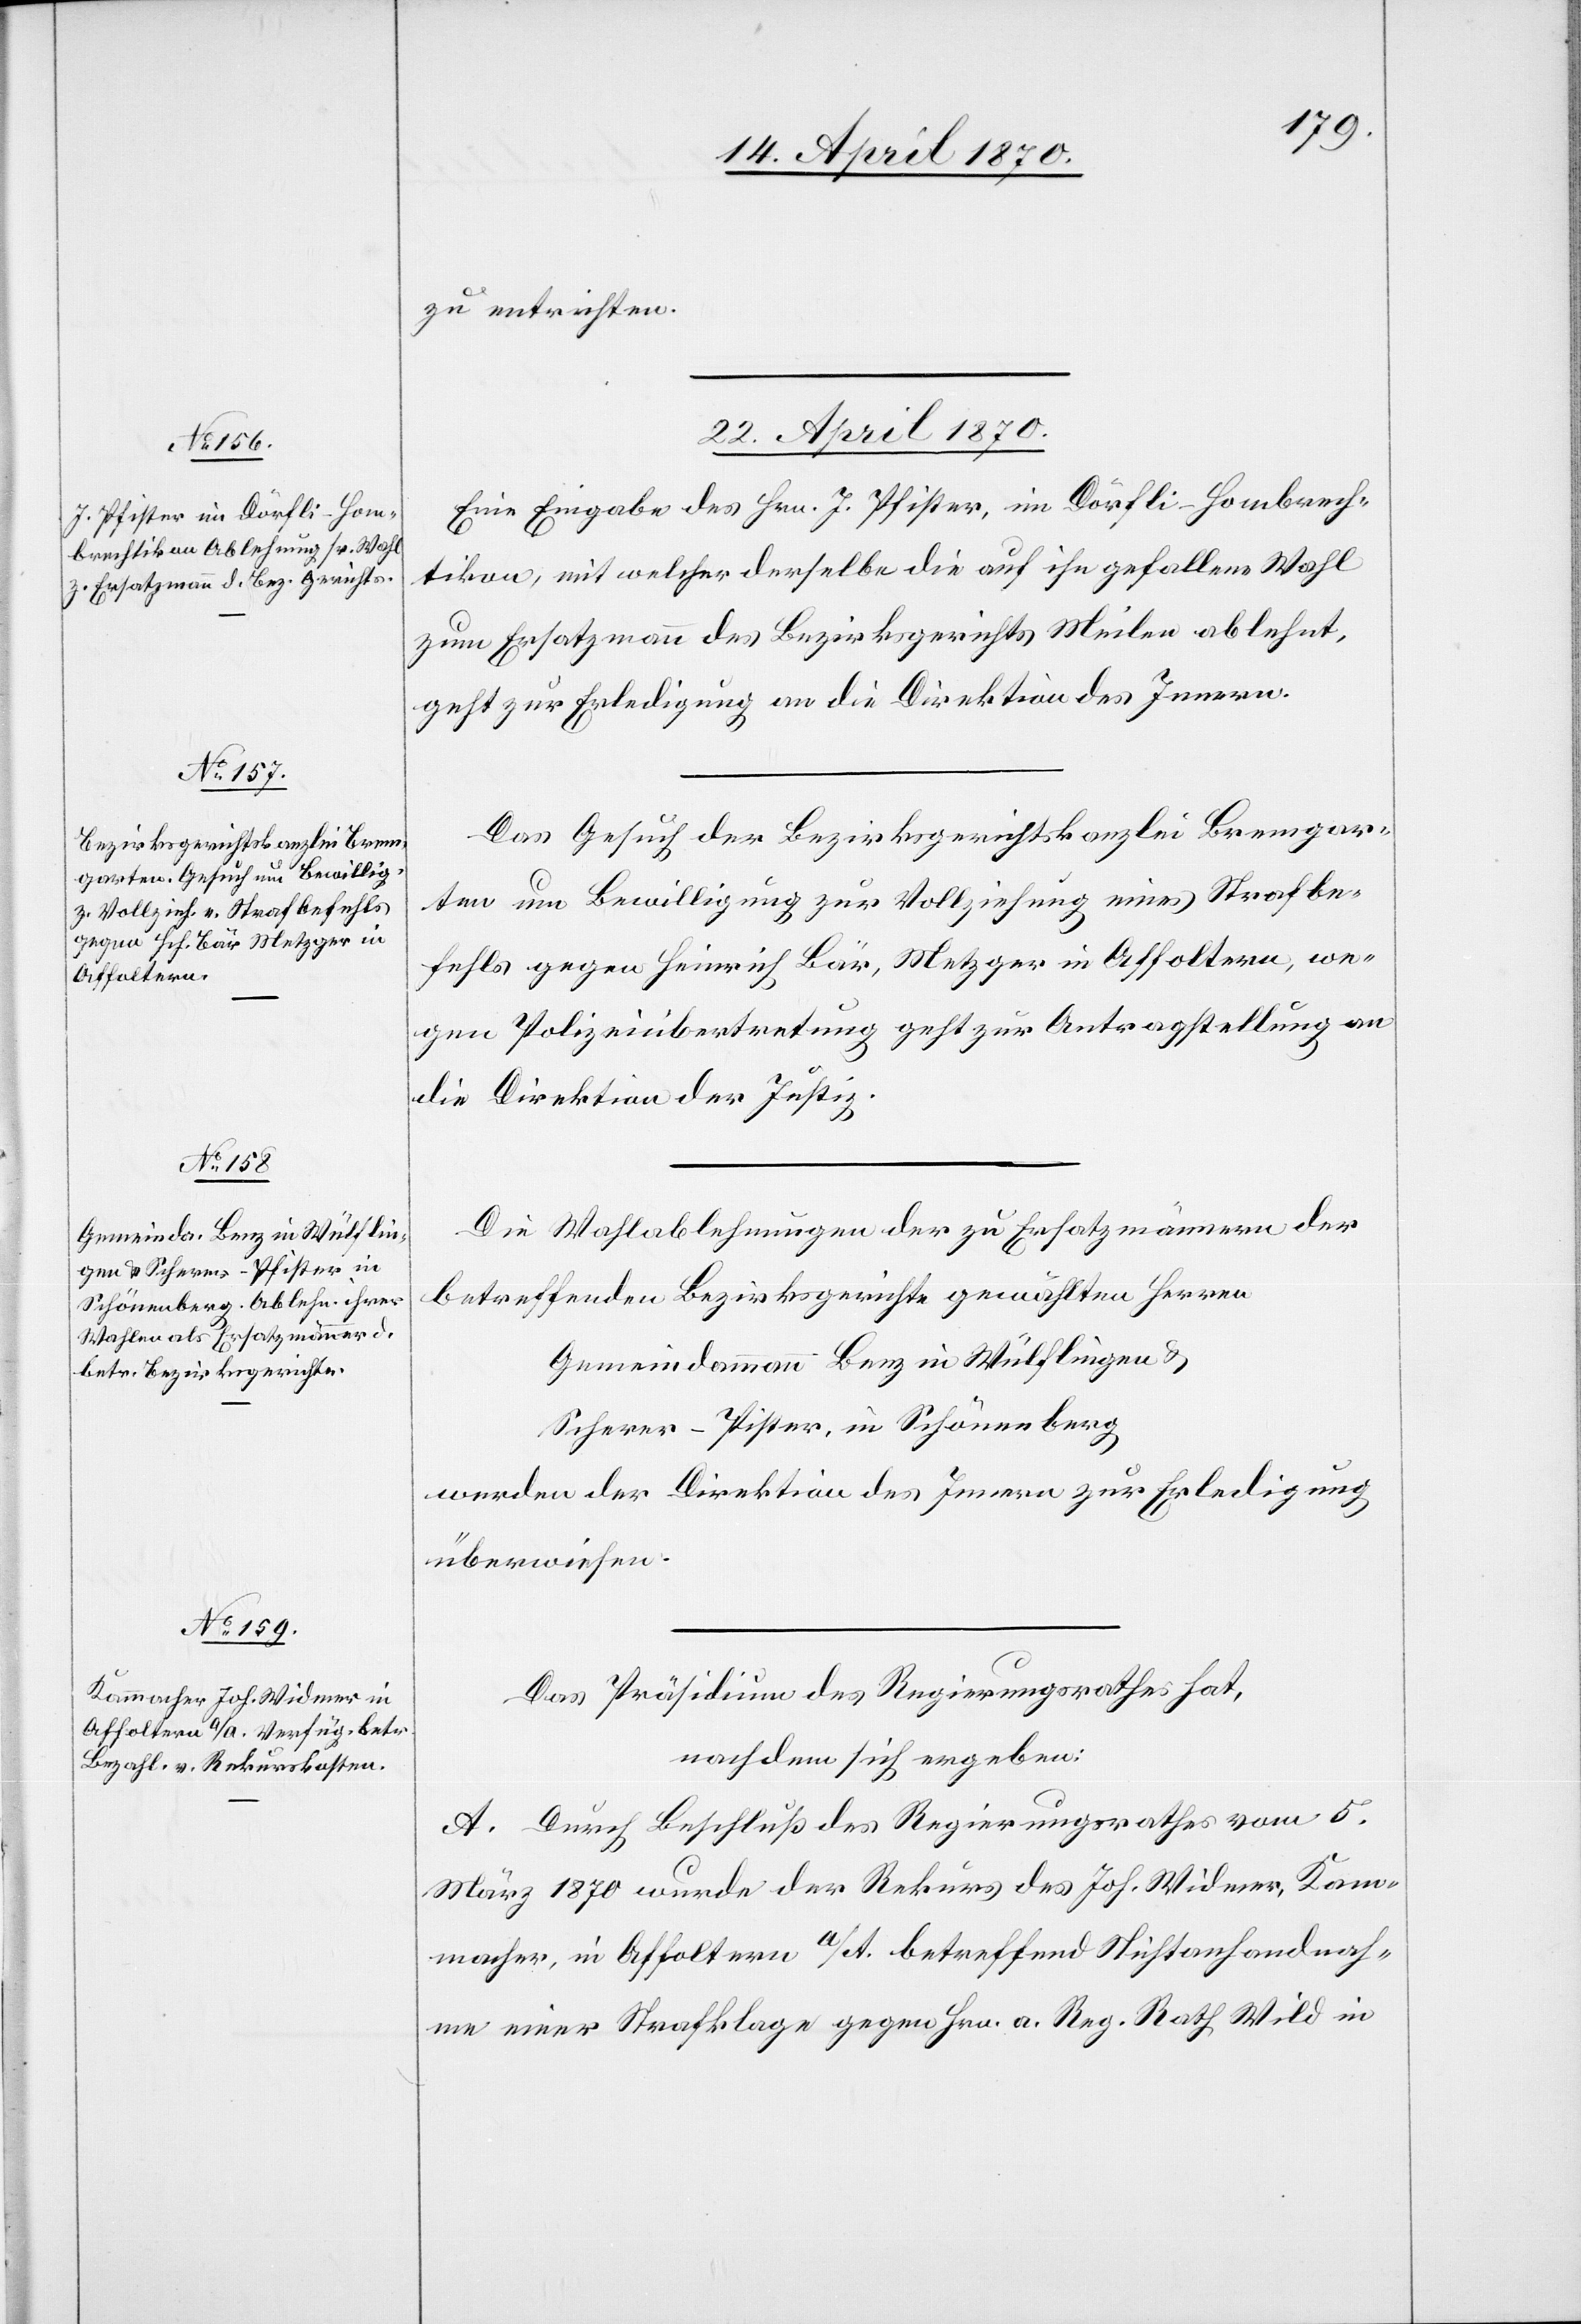
zu entrichten.
22. April 1870.]
Eine Eingabe des Hrn. J. Pfister, im Dörfli - Hombrech¬
tikon, mit welcher derselbe die auf ihn gefallene Wahl
zum Ersatzmann des Bezirksgerichts Meilen ablehnt,
geht zur Erledigung an die Direktion des Innern.
Das Gesuch der Bezirksgerichtskanzlei Bremgar¬
ten um Bewilligung zur Vollziehung eines Strafbe¬
fehls gegen Heinrich Bär, Metzger in Affoltern, we¬
gen Polizeiübertretung geht zur Antragstellung an
die Direktion der Justiz.
Die Wahlablehnungen der zu Ersatzmännern der
betreffenden Bezirksgerichte gewählten Herren
Gemeindammann Benz in Wülflingen &
Scherer-Pfister, in Schönenberg
werden der Direktion des Innern zur Erledigung
überwiesen.
Das Präsidium des Regierungsrathes hat,
nachdem sich ergeben:
A. Durch Beschluß des Regierungsrathes vom 5.
März 1870 wurde der Rekurs des Joh. Widmer, Kam¬
macher, in Affoltern a/A. betreffend Nichtanhandnah¬
me einer Strafklage gegen Hrn. a. Reg. Rath Wild in